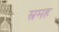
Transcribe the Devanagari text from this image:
स्रमह